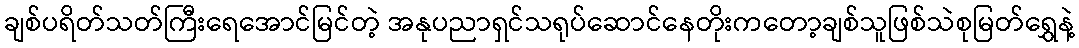
ချစ်ပရိတ်သတ်ကြီးရေအောင်မြင်တဲ့ အနုပညာရှင်သရုပ်ဆောင်နေတိုးကတော့ချစ်သူဖြစ်သဲစုမြတ်ရွှေနဲ့